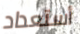
أستعداد